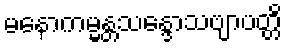
မနောကမ္မန္တသန္ဒောသဗျာပတ္တိ